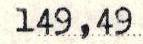
149,49